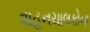
વાહનચાલકોના